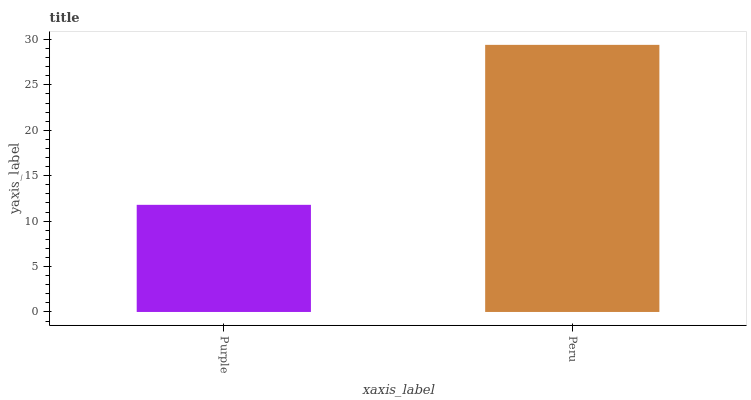
| xaxis_label | bars |
 | --- | --- |
 | Purple | 11.8 |
 | Peru | 29.4 |